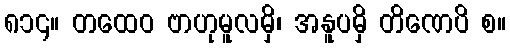
၈၁၄။ တထေဝ ဗာဟုမူလမှိ၊ အနူပမှိ တိဏေပိ စ။